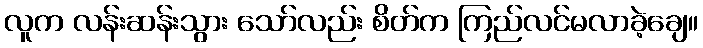
လူက လန်းဆန်းသွား သော်လည်း စိတ်က ကြည်လင်မလာခဲ့ချေ။